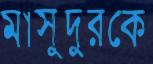
মাসুদুরকে